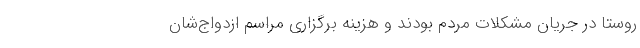
روستا در جریان مشکلات مردم بودند و هزینه برگزاری مراسم ازدواج‌شان